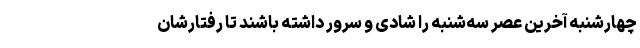
چهارشنبه آخرین عصر سه‌شنبه را شادی و سرور داشته باشند تا رفتارشان